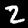
Digit: 2